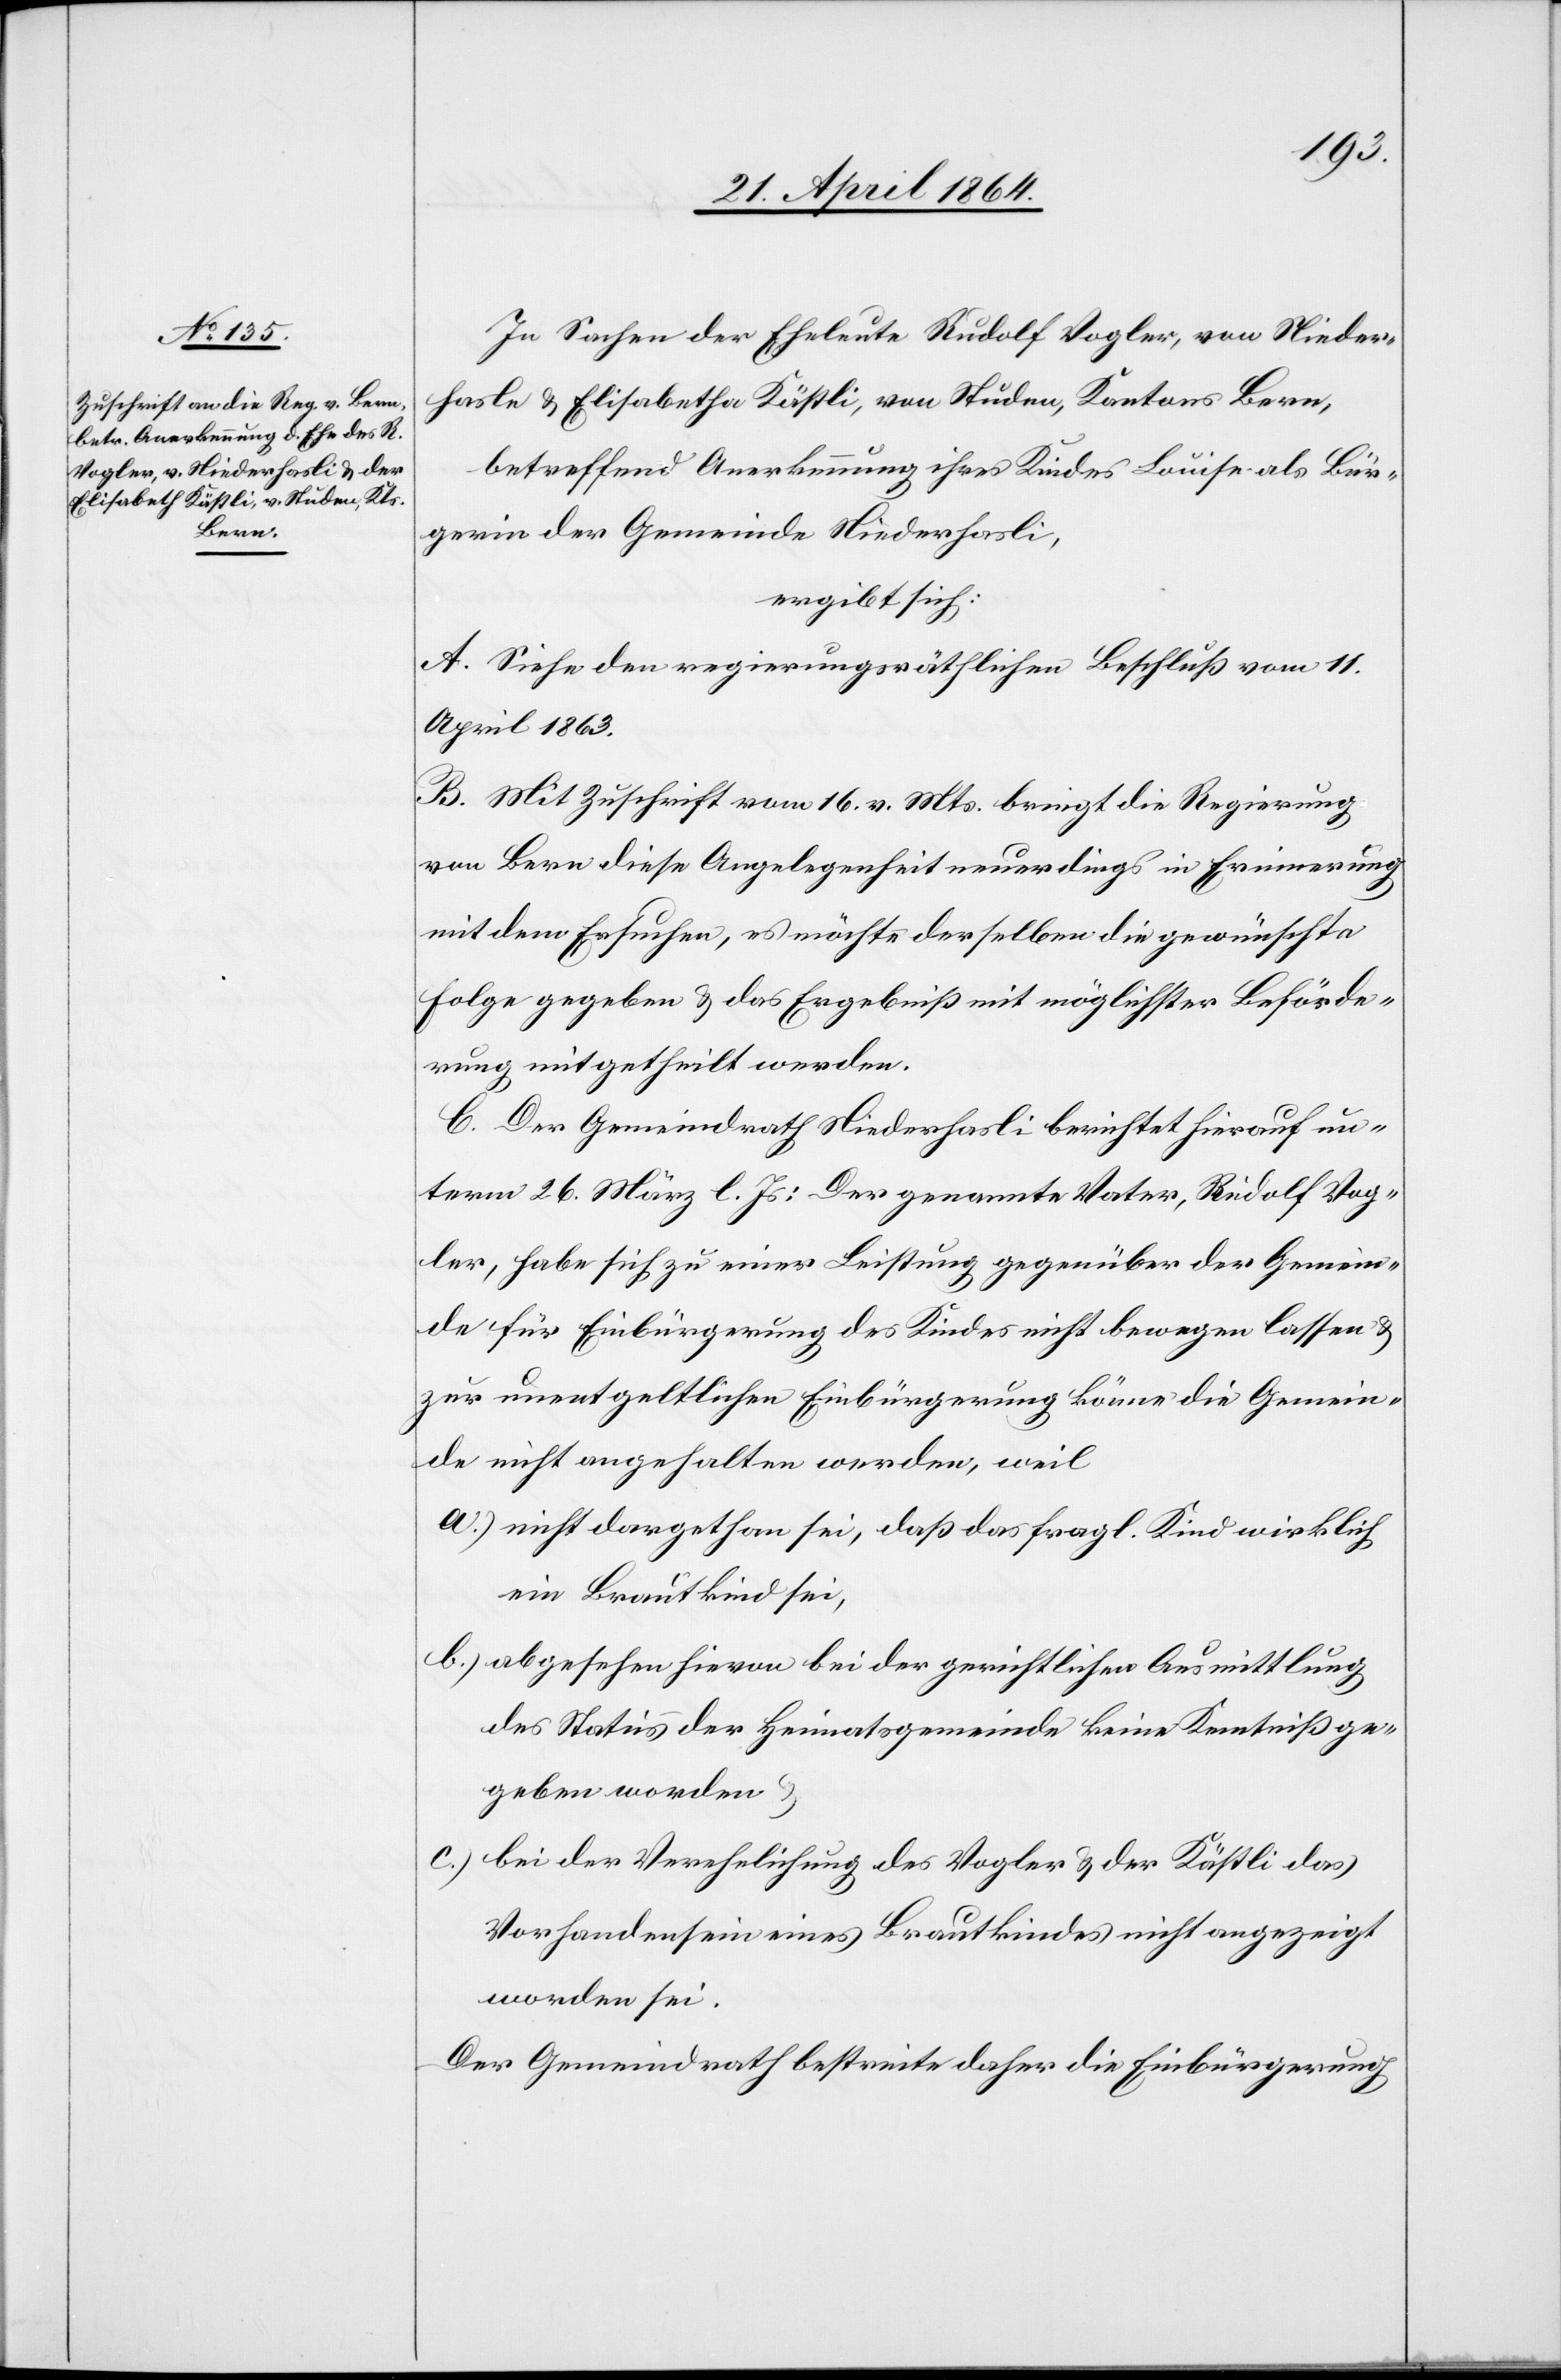
In Sachen der Eheleute Rudolf Vogler, von Nieder¬
hasle u. Elisabetha Kästli, von Studen, Kantons Bern,
betreffend Anerkennung ihres Kindes Louise als Bür¬
gerin der Gemeinde Niederhasli,
ergibt sich:
A. Siehe den regierungsräthlichen Beschluß vom 11.
April 1863.
B. Mit Zuschrift vom 16. v. Mts. bringt die Regierung
von Bern diese Angelegenheit neuerdings in Erinnerung
mit dem Ersuchen, es möchte derselben die gewünschte
Folge gegeben u. das Ergebniß mit möglichster Beförde¬
rung mitgetheilt werden.
C. Der Gemeindrath Niederhasli berichtet hierauf un¬
term 26. März l. Js.: Der genannte Vater, Rudolf Vog¬
ler, habe sich zu einer Leistung gegenüber der Gemein¬
de für Einbürgerung des Kindes nicht bewegen lassen u.
zur unentgeltlichen Einbürgerung könne die Gemein¬
de nicht angehalten werden, weil
a.) nicht dargethan sei, daß das fragl. Kind wirklich
ein Brautkind sei,
b.) abgesehen hievon bei der gerichtlichen Ausmittlung
des Status der Heimatsgemeinde keine Kenntniß ge¬
geben worden u.
c.) bei der Verehelichung des Vogler u. der Kästli das
Vorhandensein eines Brautkindes nicht angezeigt
worden sei.
Der Gemeindrath bestreite daher die Einbürgerung